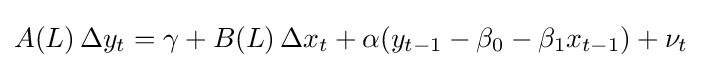
A(L)\,\Delta y_{t}=\gamma +B(L)\,\Delta x_{t}+\alpha (y_{t-1}-\beta _{0}-\beta _{1}x_{t-1})+\nu _{t}